Annual report on the working of the lock hospitals in the Central Provinces
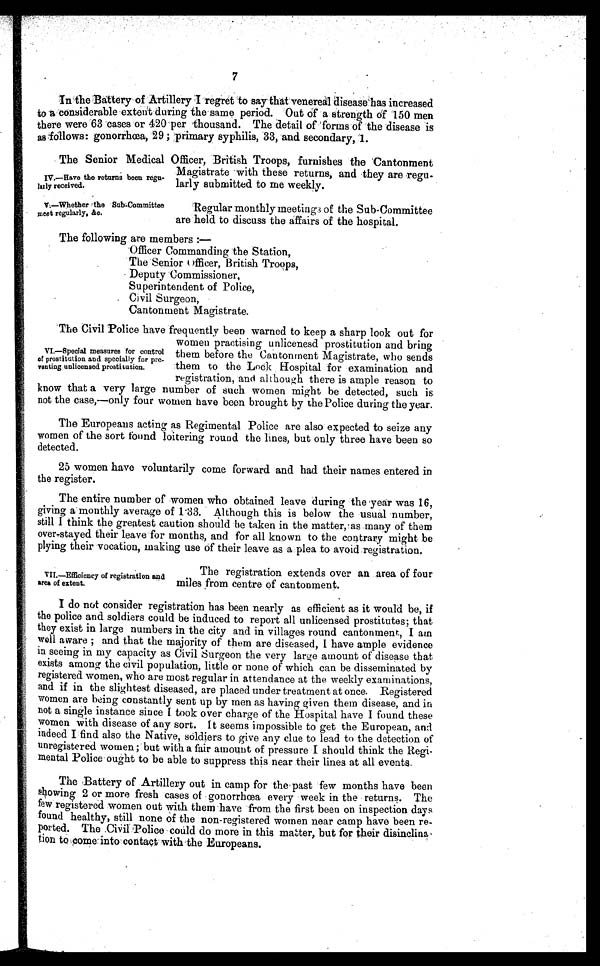
7
In the Battery of Artillery I regret to say that venereal disease has increased
to a considerable extent during the same period. Out of a strength of 150 men
there were 63 cases or 420 per thousand. The detail of forms of the disease is
as follows: gonorrhœa, 29 ; primary syphilis, 33, and secondary, 1.
The Senior Medical Officer, British Troops, furnishes the Cantonment
Magistrate with these returns, and they are regu-
larly submitted to me weekly.
IV.—Have the returns been regu-
larly received.
V.—Whether the Sub-Committee
meet regularly, &c.
Regular monthly meetings of the Sub-Committee
are held to discuss the affairs of the hospital.
The following are members :—
Officer Commanding 'the Station,
The Senior Officer, British Troops,
Deputy Commissioner,
Superintendent of Police,
Civil Surgeon,
Cantonment Magistrate.
The Civil Police have frequently been warnea to keep a snarp took out tor
women practising unlicenesd prostitution and bring
them before the Cantonment Magistrate, who sends
them to the Lock Hospital for examination and
registration, and although there is ample reason to
know that a very large number of such women might be detected, such is
not the case,—only four women have been brought by the Police during the year.
The Europeans acting as Regimental Police are also expected to seize any
women of the sort found loitering round the lines, but only three have been so
detected.
25 women have voluntarily come forward and had their names entered in
the register.
The entire number of women who obtained leave during the year was 16 ,
giving a monthly average of 1.33. Although this is below the usual number,
still I think the greatest caution should be taken in the matter, as many of them
over-stayed their leave for months, and for all known to the contrary might be
plying their vocation, making use of their leave as a plea to avoid registration.
VI.—Special measures for control
of prostitution and specially for pre-
venting unlicensed prostitution.
VII.—Efficiency of registration and
area of extent.
The registration extends over an area of four
miles from centre of cantonment.
I do not consider registration has been nearly as efficient as it would be, if
the police and soldiers could be induced to report all unlicensed prostitutes; that
they exist in large numbers in the city and in villages round cantonment, I am
well aware ; and that the majority of them are diseased, I have ample evidence
in seeing in my capacity as Civil Surgeon the very large amount of disease that
exists among the civil population, little or none of which can be disseminated by
registered women, who are most regular in attendance at the weekly examinations,
and if in the slightest diseased, are placed under treatment at once. Registered
women are being constantly sent up by men as having given them disease, and in
not a single instance since I took over charge of the Hospital have I found these
women with disease of any sort. It seems impossible to get the European, and
indeed I find also the Native, soldiers to give any clue to lead to the detection of
unregistered women; but with a fair amount of pressure I should think the Regi-
mental Police ought to be able to suppress this near their lines at all events.
The Battery of Artillery out in camp for the , past few months have been
showing 2 or more fresh cases of gonorrhoea every week in the returns. The
few registered women out with them have from the first been on inspection days
found healthy, still none of the non-registered women near camp have been re-
ported. The .Civil Police could do more in this master, but for their disinclina-
tion to come into contact with the Europeans.